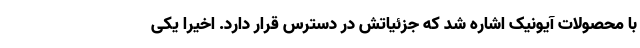
با محصولات آیونیک اشاره شد که جزئیاتش در دسترس قرار دارد. اخیرا یکی